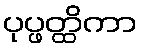
ပုပ္ဖတ္ထိကာ